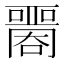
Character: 𡂦